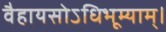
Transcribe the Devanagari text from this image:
वैहायसोऽधिभूम्याम्।